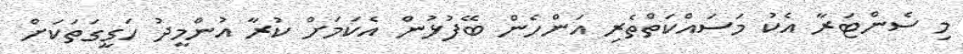
މި ސެންޓަރާ އެކު މަސައްކަތްތެރި އަންހެން ބޭފުޅުން އެކަމަށް ކުރާ އުންމީދު ހަގީގަތަކަށް